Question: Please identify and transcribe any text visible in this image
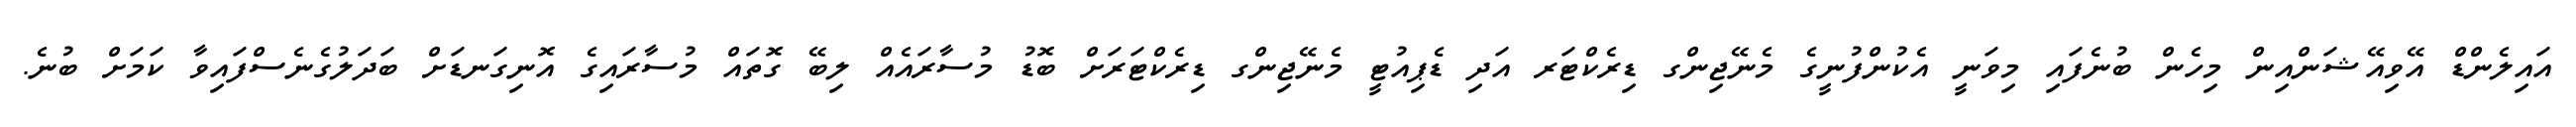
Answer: އައިލެންޑް އޭވިއޭޝަންއިން މިހެން ބުނެފައި މިވަނީ އެކުންފުނީގެ މެނޭޖިންގ ޑިރެކްޓަރ އަދި ޑެޕިއުޓީ މެނޭޖިންގ ޑިރެކްޓަރަށް ބޮޑު މުސާރައެއް ލިބޭ ގޮތައް މުސާރައިގެ އޮނިގަނޑަށް ބަދަލުގެނެސްފައިވާ ކަމަށް ބުނެ.